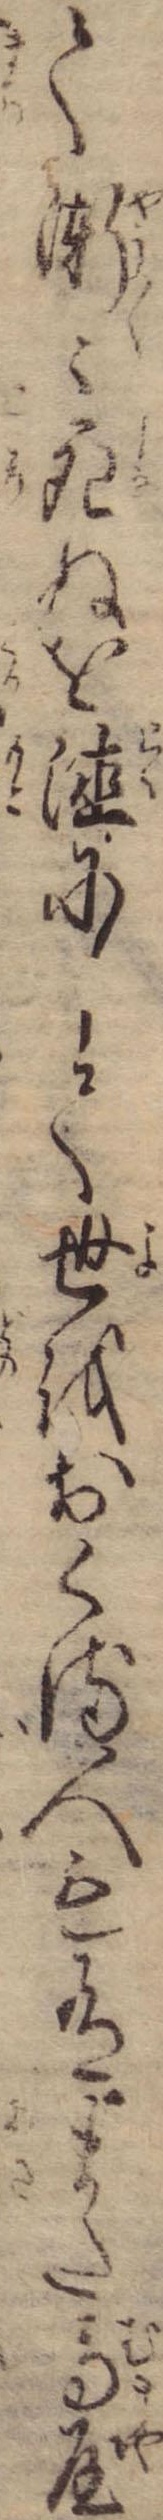
て漸々死ぬを徳にして世をおくる人も有また馬屋